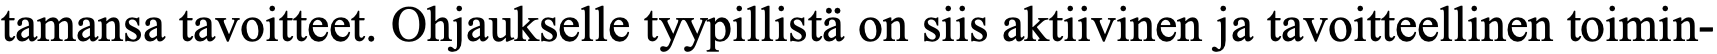
tamansa tavoitteet. Ohjaukselle tyypillistä on siis aktiivinen ja tavoitteellinen toimin-